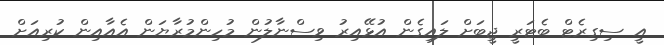
އީ ސިގިރެޓް ބެޓަރީ ޖީބަށް ލައިގެން އުޅޭއިރު ވިސްނާލުން މުހިންމުރާޔަން އެއާއިން ކުރިއަށް